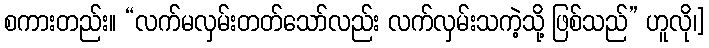
စကားတည်း။ “လက်မလှမ်းတတ်သော်လည်း လက်လှမ်းသကဲ့သို့ ဖြစ်သည်” ဟူလို၊]